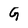
Character: G